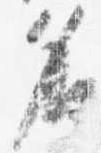
名